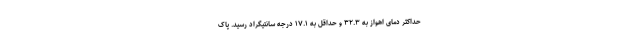
حداکثر دمای اهواز به ۳۲.۳ و حداقل به ۱۷.۱ درجه سانتیگراد رسید. پاک